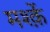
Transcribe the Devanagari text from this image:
मश्क़ें